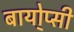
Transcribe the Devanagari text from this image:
बायो्प्सी